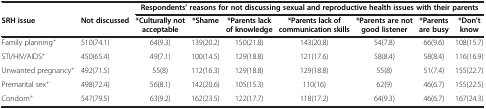
| <COLSPAN=2>  | <COLSPAN=7> Respondents’ reasons for not discussing sexual and reproductive health issues with their parents |
 | SRH issue | Not discussed | *Culturally not acceptable | *Shame | *Parents lack of knowledge | *Parents lack of communication skills | *Parents are not good listener | *Parents are busy | *Don’t know |
 | --- | --- | --- | --- | --- | --- | --- | --- | --- |
 | Family planning+ | 510(74.1) | 64(9.3) | 139(20.2) | 150(21.8) | 143(20.8) | 54(7.8) | 66(9.6) | 108(15.7) |
 | STI/HIV/AIDS+ | 450(65.4) | 49(7.1) | 100(14.5) | 129(18.8) | 121(17.6) | 58(8.4) | 58(8.4) | 116(16.9) |
 | Unwanted pregnancy+ | 492(71.5) | 55(8) | 112(16.3) | 129(18.8) | 129(18.8) | 55(8) | 51(7.4) | 155(22.7) |
 | Premarital sex+ | 498(72.4) | 56(8.1) | 142(20.6) | 105(15.3) | 110(16) | 62(9) | 46(6.7) | 155(22.5) |
 | Condom+ | 547(79.5) | 63(9.2) | 162(23.5) | 122(17.7) | 118(17.2) | 64(9.3) | 46(6.7) | 167(24.3) |